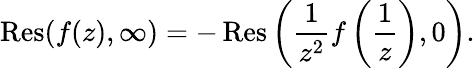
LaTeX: \operatorname{Res}(f(z),\infty)=-\operatorname{Res}\left({\frac{1}{z^{2}}}f\left({\frac{1}{z}}\right),0\right).